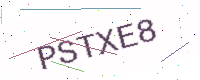
Text: PSTXE8